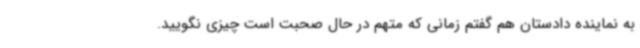
به نماینده دادستان هم گفتم زمانی که متهم در حال صحبت است چیزی نگویید.